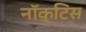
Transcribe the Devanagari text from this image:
नॉक्टिस